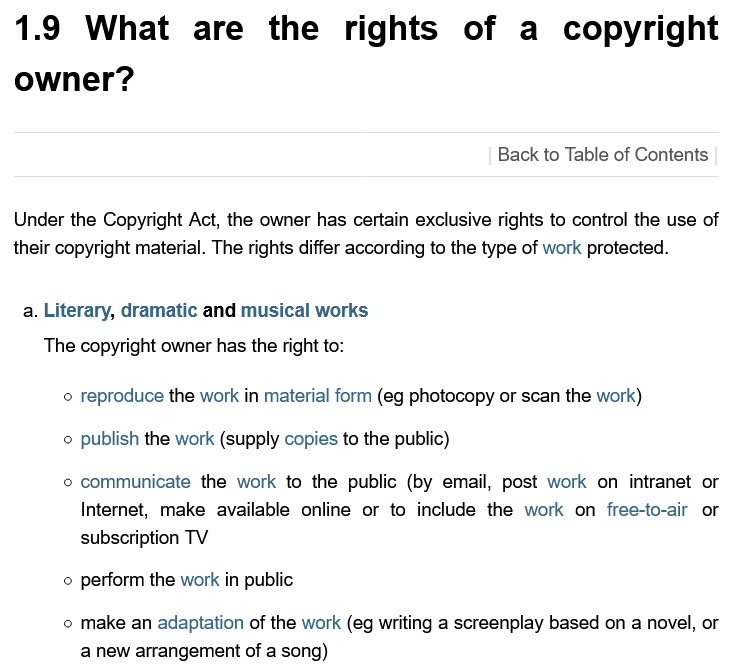
1.9    What    are    the    rights    of    a    copyright
  owner?
     Back to Table of Contents
  Under the Copyright Act, the owner has certain exclusive rights to control the use of
  their copyright material. The rights differ according to the type of work protected.
   a. Literary, dramatic and musical works
     The copyright owner has the right to:
     © reproduce the work in material form (eg photocopy or scan the work)
     © publish the work (supply copies to the public)
     © communicate  the work to the public (by email, post work on intranet or
     Internet, make available online or to include the work on free-to-air or
     subscription TV
     © perform the work in public
     o make an adaptation of the work (eg writing a screenplay based on a novel,
     anew arrangement of  a song)